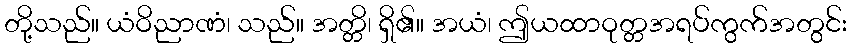
တို့သည်။ ယံဝိညာဏံ၊ သည်။ အတ္တိ၊ ရှိ၏။ အယံ၊ ဤယထာဝုတ္တအရပ်ကွက်အတွင်း